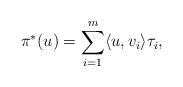
LaTeX: \begin{align*} \pi^*(u)=\sum_{i=1}^m\langle u,v_i\rangle\tau_i,\end{align*}